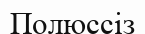
Полюссіз